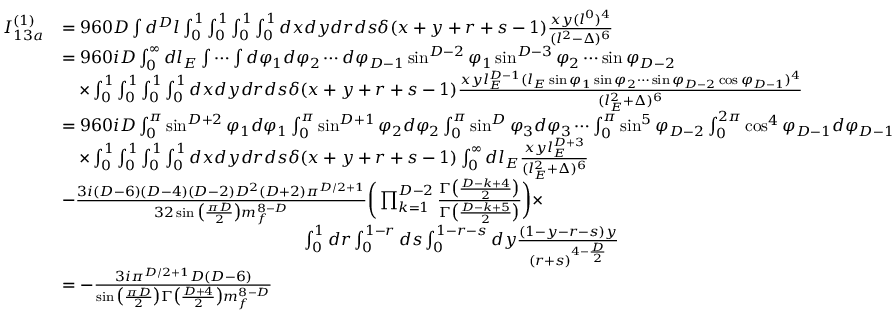
\begin{array} { r l } { I _ { 1 3 a } ^ { ( 1 ) } } & { = 9 6 0 D \int d ^ { D } l \int _ { 0 } ^ { 1 } \int _ { 0 } ^ { 1 } \int _ { 0 } ^ { 1 } \int _ { 0 } ^ { 1 } d x d y d r d s \delta ( x + y + r + s - 1 ) \frac { x y ( l ^ { 0 } ) ^ { 4 } } { ( l ^ { 2 } - \Delta ) ^ { 6 } } } \\ & { = 9 6 0 i D \int _ { 0 } ^ { \infty } d l _ { E } \int \cdots \int d \varphi _ { 1 } d \varphi _ { 2 } \cdots d \varphi _ { D - 1 } \sin ^ { D - 2 } \varphi _ { 1 } \sin ^ { D - 3 } \varphi _ { 2 } \cdots \sin \varphi _ { D - 2 } } \\ & { \quad \times \int _ { 0 } ^ { 1 } \int _ { 0 } ^ { 1 } \int _ { 0 } ^ { 1 } \int _ { 0 } ^ { 1 } d x d y d r d s \delta ( x + y + r + s - 1 ) \frac { x y l _ { E } ^ { D - 1 } ( l _ { E } \sin \varphi _ { 1 } \sin \varphi _ { 2 } \cdots \sin \varphi _ { D - 2 } \cos \varphi _ { D - 1 } ) ^ { 4 } } { ( l _ { E } ^ { 2 } + \Delta ) ^ { 6 } } } \\ & { = 9 6 0 i D \int _ { 0 } ^ { \pi } \sin ^ { D + 2 } \varphi _ { 1 } d \varphi _ { 1 } \int _ { 0 } ^ { \pi } \sin ^ { D + 1 } \varphi _ { 2 } d \varphi _ { 2 } \int _ { 0 } ^ { \pi } \sin ^ { D } \varphi _ { 3 } d \varphi _ { 3 } \cdots \int _ { 0 } ^ { \pi } \sin ^ { 5 } \varphi _ { D - 2 } \int _ { 0 } ^ { 2 \pi } \cos ^ { 4 } \varphi _ { D - 1 } d \varphi _ { D - 1 } } \\ & { \quad \times \int _ { 0 } ^ { 1 } \int _ { 0 } ^ { 1 } \int _ { 0 } ^ { 1 } \int _ { 0 } ^ { 1 } d x d y d r d s \delta ( x + y + r + s - 1 ) \int _ { 0 } ^ { \infty } d l _ { E } \frac { x y l _ { E } ^ { D + 3 } } { ( l _ { E } ^ { 2 } + \Delta ) ^ { 6 } } } \\ & { - \frac { 3 i ( D - 6 ) ( D - 4 ) ( D - 2 ) D ^ { 2 } ( D + 2 ) \pi ^ { D / 2 + 1 } } { 3 2 \sin \big ( \frac { \pi D } { 2 } \big ) m _ { f } ^ { 8 - D } } \bigg ( \prod _ { k = 1 } ^ { D - 2 } \frac { \Gamma \big ( \frac { D - k + 4 } { 2 } \big ) } { \Gamma \big ( \frac { D - k + 5 } { 2 } \big ) } \bigg ) \times } \\ & { \quad \quad \quad \quad \quad \quad \quad \quad \quad \quad \quad \quad \quad \quad \int _ { 0 } ^ { 1 } d r \int _ { 0 } ^ { 1 - r } d s \int _ { 0 } ^ { 1 - r - s } d y \frac { ( 1 - y - r - s ) y } { ( r + s ) ^ { 4 - \frac { D } { 2 } } } } \\ & { = - \frac { 3 i \pi ^ { D / 2 + 1 } D ( D - 6 ) } { \sin \big ( \frac { \pi D } { 2 } \big ) \Gamma \big ( \frac { D + 4 } { 2 } \big ) m _ { f } ^ { 8 - D } } } \end{array}